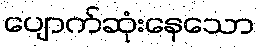
ပျောက်ဆုံးနေသော